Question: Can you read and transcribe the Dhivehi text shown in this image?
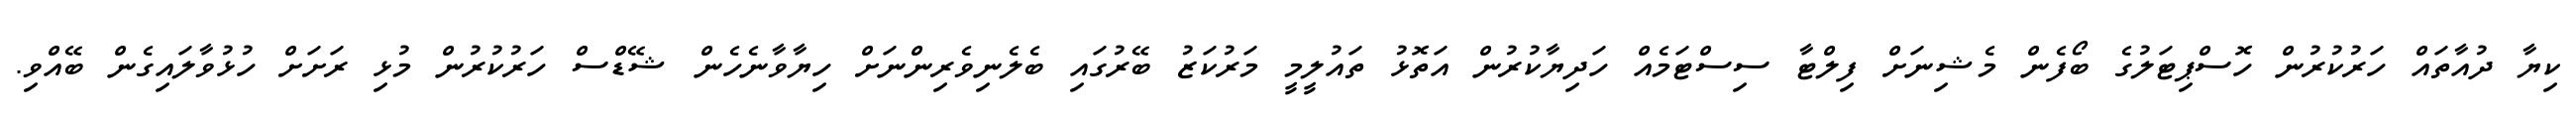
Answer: ކިޔާ ދުއާތައް ހަރުކުރުން ހޮސްޕިޓަލުގެ ބޯފެން މެޝިނަށް ފިލްޓާ ސިސްޓަމެއް ހަދިޔާކުރުން އަތޮޅު ތައުލީމީ މަރުކަޒު ބޭރުގައި ބެލެނިވެރިންނަށް ހިޔާވާނެހެން ޝޭޑްސް ހަރުކުރުން މުޅި ރަށަށް ހުޅުވާލައިގެން ބޭއްވި.